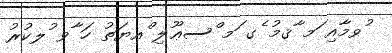
ުވމާއި ަމ ާޤމު ެގ ަމ ްސޢޫލި ްއޔަތު ހަ ާވ ުލކުރު